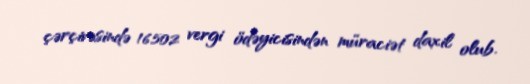
çərçivəsində 16.502 vergi ödəyicisindən müraciət daxil olub.